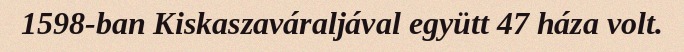
1598-ban Kiskaszaváraljával együtt 47 háza volt.